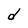
Character: d